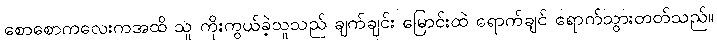
စောစောကလေးကအထိ သူ ကိုးကွယ်ခဲ့သူသည် ချက်ချင်း မြောင်းထဲ ရောက်ချင် ရောက်သွားတတ်သည်။